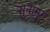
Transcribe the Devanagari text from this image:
सुनामुर्ग़